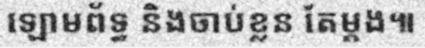
ឡោមព័ទ្ធ និងចាប់ខ្លន តែម្តង៕